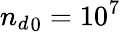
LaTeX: {n_{d}}_{0}=10^{7}